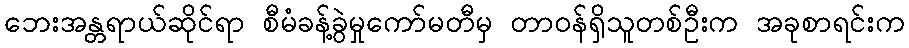
ဘေးအန္တရာယ်ဆိုင်ရာ စီမံခန့်ခွဲမှုကော်မတီမှ တာဝန်ရှိသူတစ်ဦးက အခုစာရင်းက